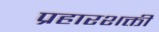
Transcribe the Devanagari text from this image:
प्रहारशक्ती